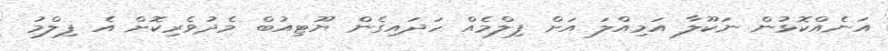
އަނެއްކޮޅުން ނަކޫލާ އަމިއްލަ އަށް ފިލްމެއް ހަދައިގެން ޔޫޓިއުބް މެދުވެރިކޮށް އެ ފިލްމު